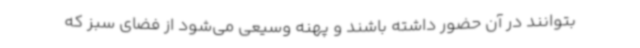
بتوانند در آن حضور داشته باشند و پهنه وسیعی می‌شود از فضای سبز که